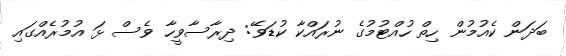
ބަދަން ކެއުމުން ހިތް ހުއްޓުމުގެ ނުރައްކާ ކުޑަވޭ: ދިރާސާވީހާ ވެސް ޅަ އުމުރެއްގައި